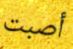
أصبت